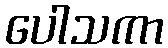
ပေါသကာ